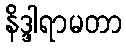
နိဒ္ဒါရာမတာ